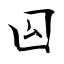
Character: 囜